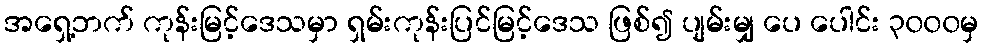
အရှေ့ဘက် ကုန်းမြင့်ဒေသမှာ ရှမ်းကုန်းပြင်မြင့်ဒေသ ဖြစ်၍ ပျမ်းမျှ ပေ ပေါင်း ၃၀၀၀မှ